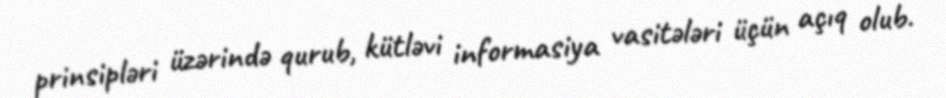
prinsipləri üzərində qurub, kütləvi informasiya vasitələri üçün açıq olub.